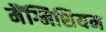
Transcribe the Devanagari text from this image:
मैंग्निशियम